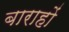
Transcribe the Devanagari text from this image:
बाराहों